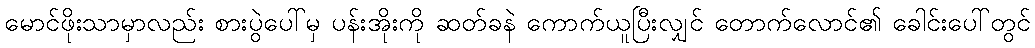
မောင်ဖိုးသာမှာလည်း စားပွဲပေါ်မှ ပန်းအိုးကို ဆတ်ခနဲ ကောက်ယူပြီးလျှင် တောက်လောင်၏ ခေါင်းပေါ်တွင်